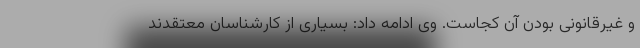
و غیرقانونی بودن آن کجاست. وی ادامه داد: بسیاری از کارشناسان معتقدند